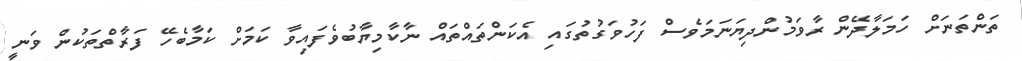
ތަންތަނަށް ހަމަލާދޭން ރާވަމުންދިޔަނަމަވެސް ފަހުވަގުތުގައި އެކަންތައްތައް ނާކާމިޔާބުވެފައިވާ ކަމަށް ކަމާބެހޭ ފަރާތްތަކުން ވަނީ